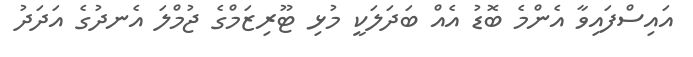
އައިސްފައިވާ އެންމެ ބޮޑު އެއް ބަދަލަކީ މުޅި ޓޫރިޒަމްގެ ޖުމްލަ އެނދުގެ އަދަދު